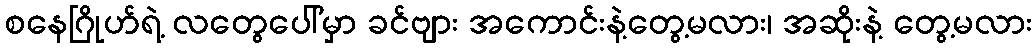
စနေဂြိုဟ်ရဲ့ လတွေပေါ်မှာ ခင်ဗျား အကောင်းနဲ့တွေ့မလား၊ အဆိုးနဲ့ တွေ့မလား